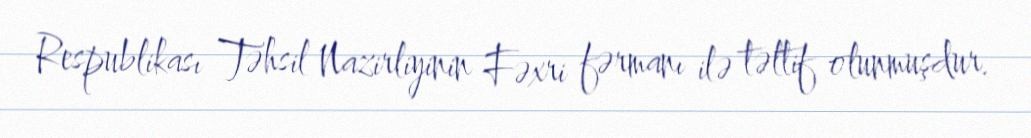
Respublikası Təhsil Nazirliyinin Fəxri fərmanı ilə təltif olunmuşdur.